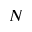
N